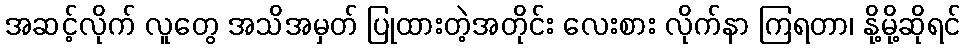
အဆင့်လိုက် လူတွေ အသိအမှတ် ပြုထားတဲ့အတိုင်း လေးစား လိုက်နာ ကြရတာ၊ နို့မို့ဆိုရင်